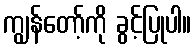
ကျွန်တော့်ကို ခွင့်ပြုပါ။